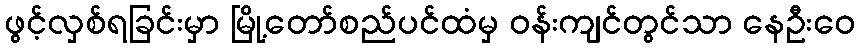
ဖွင့်လှစ်ရခြင်းမှာ မြို့တော်စည်ပင်ထံမှ ဝန်းကျင်တွင်သာ နေဦးဝေ